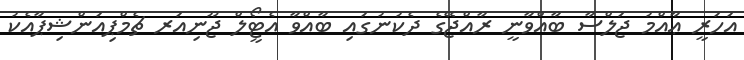
އަހަރީ ޢާއްމު ޖަލްސާ ބާއްވާނީ ރާއްޖޭގެ ދެކުނުގައި ބާއްވާ އެޓީޯލް ޖޫނިއަރ ޗެމްޕިއަންޝިޕާއެކު